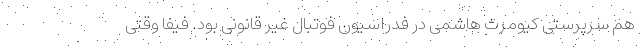
هم سرپرستی کیومرث هاشمی در فدراسیون فوتبال غیر قانونی بود. فیفا وقتی